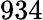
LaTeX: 934